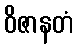
ဝိဇာနတံ